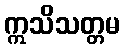
ဣသိသတ္တမ